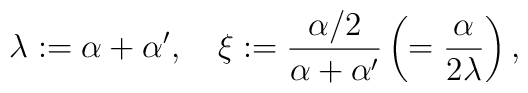
\lambda := \alpha+\alpha', \quad  \xi := {\alpha/2 \over \alpha+\alpha'} \left( = {\alpha \over 2\lambda} \right) ,